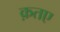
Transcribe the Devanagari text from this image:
क़तए